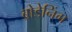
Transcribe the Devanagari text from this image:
ब्रोडेनिंग